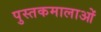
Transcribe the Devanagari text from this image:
पुस्तकमालाओं